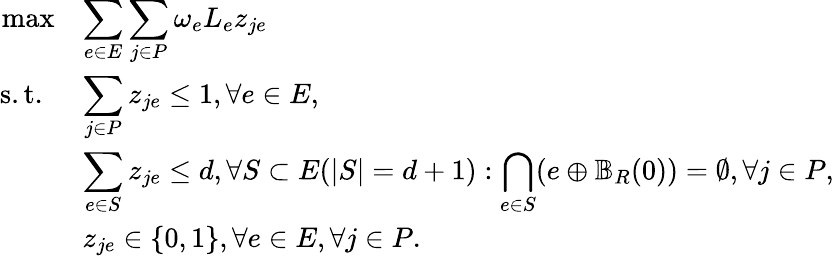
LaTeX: \begin{array}{rl}{\operatorname*{max}}&{\displaystyle\sum_{e\in E}\displaystyle\sum_{j\in P}\omega_{e}L_{e}z_{je}}\\ {\mathrm{s.t.~}}&{\displaystyle\sum_{j\in P}z_{je}\leq 1,\forall e\in E,}\\ &{\displaystyle\sum_{e\in S}z_{je}\leq d,\forall S\subset E(|S|=d+1):\bigcap_{e\in S}(e\oplus\mathbb{B}_{R}(0))=\emptyset,\forall j\in P,}\\ &{z_{je}\in\{ 0,1\} ,\forall e\in E,\forall j\in P.}\end{array}